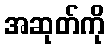
အဆုတ်ကို